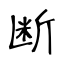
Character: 断